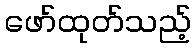
ဖော်ထုတ်သည့်